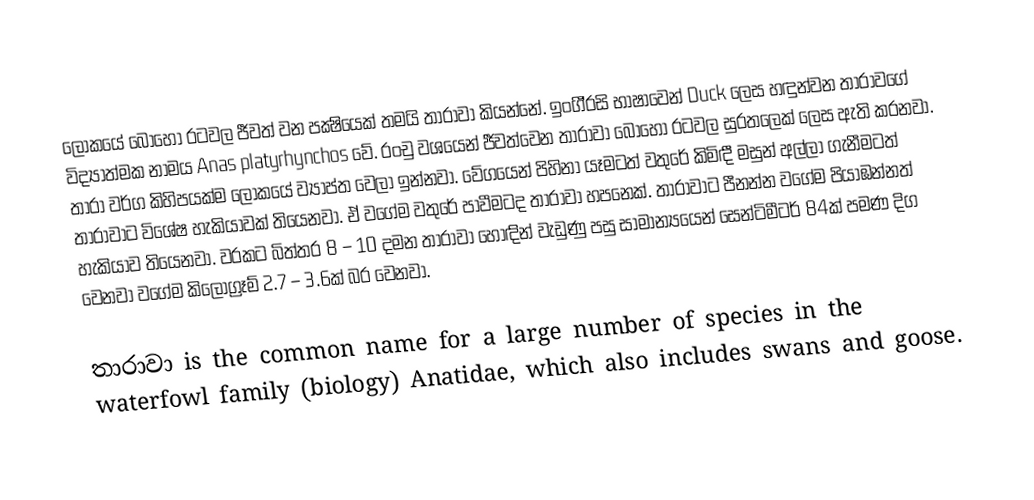
ලෝකයේ බොහෝ රටවල ජීවත් වන පක්‍ෂියෙක් තමයි තාරාවා කියන්නේ. ඉංගී්‍රසි භාෂාවෙන්  Duck  ලෙස හඳුන්වන තාරාවගේ විද්‍යාත්මක නාමය  Anas platyrhynchos  වේ. රංචු වශයෙන් ජීවත්වෙන තාරාවා බොහෝ රටවල සුරතලෙක් ලෙස ඇති කරනවා. තාරා වර්ග කිහිපයක්ම ලෝකයේ ව්‍යාප්ත වෙලා ඉන්නවා. වේගයෙන් පිහිනා යෑමටත් වතුරේ කිමිඳී මසුන් අල්ලා ගැනීමටත් තාරාවාට විශේෂ හැකියාවක් තියෙනවා. ඒ වගේම වතුරේ පාවීමටද තාරාවා හපනෙක්. තාරාවාට පීනන්න වගේම පියාඹන්නත් හැකියාව තියෙනවා. වරකට බිත්තර 8 – 10 දමන තාරාවා හොඳින් වැඩුණු පසු සාමාන්‍යයෙන් සෙන්ටිමීටර් 84ක් පමණ දිග වෙනවා වගේම කිලෝග්‍රෑම් 2.7 – 3.6ක් බර වෙනවා.

තාරාවා is the common name for a large number of species in the waterfowl family (biology) Anatidae, which also includes swans and goose.